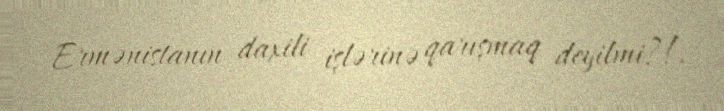
Ermənistanın daxili işlərinə qarışmaq deyilmi?!.